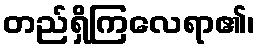
တည်ရှိကြလေရာ၏၊